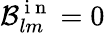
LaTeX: \mathcal{B}_{lm}^{\mathrm{~i~n~}}=0